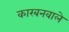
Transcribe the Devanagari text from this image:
कारबनवाले